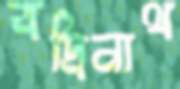
বদ্রিনাথ